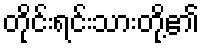
တိုင်းရင်းသားတို့၏